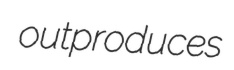
outproduces